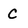
Character: C